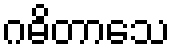
ဂဓိတာသေ